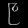
Digit: ၉